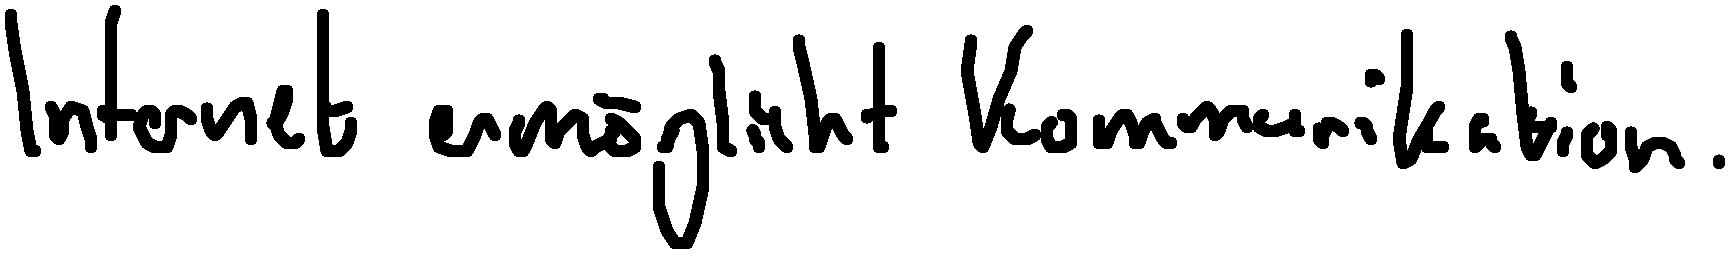
Internet ermöglicht Kommunikation.